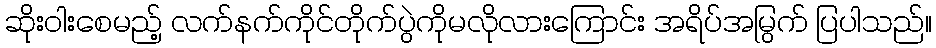
ဆိုးဝါးစေမည့် လက်နက်ကိုင်တိုက်ပွဲကိုမလိုလားကြောင်း အရိပ်အမြွက် ပြပါသည်။